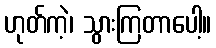
ဟုတ်ကဲ့၊ သွားကြတာပေါ့။